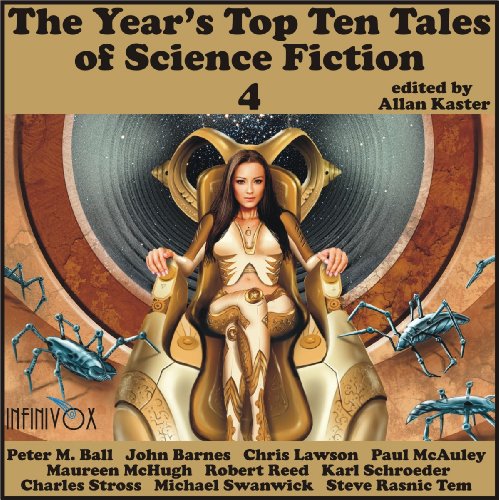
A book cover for The Year's Top Ten Tales of Science Fiction 4; Peter M. Ball; Science Fiction & Fantasy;